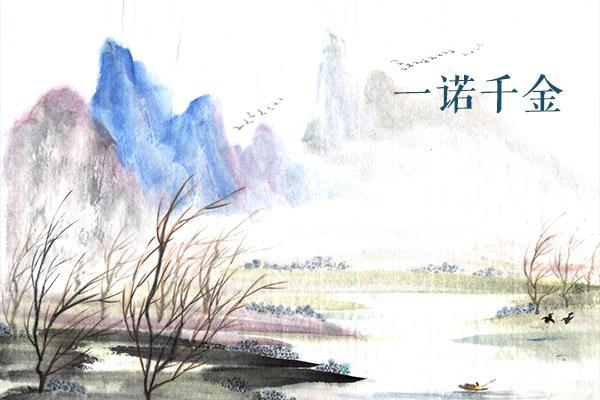
得黄金百，不如得季布一诺